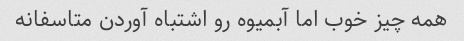
همه چیز خوب اما آبمیوه رو اشتباه آوردن متاسفانه